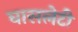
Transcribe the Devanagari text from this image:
घासलेटी